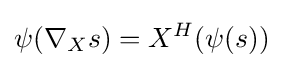
\psi (\nabla _{X}s)=X^{H}(\psi (s))